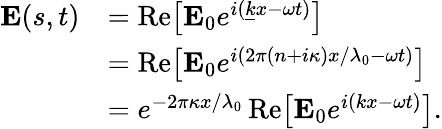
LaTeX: {\begin{array}{rl}{\mathbf{E}(s,t)}&{=\operatorname{Re}\! \left[\mathbf{E}_{0}e^{i({\underline{{k}}}x-\omega t)}\right]}\\ &{=\operatorname{Re}\! \left[\mathbf{E}_{0}e^{i(2\pi(n+i\kappa)x/\lambda_{0}-\omega t)}\right]}\\ &{=e^{-2\pi\kappa x/\lambda_{0}}\operatorname{Re}\! \left[\mathbf{E}_{0}e^{i(kx-\omega t)}\right].}\end{array}}